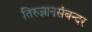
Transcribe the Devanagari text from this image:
तिरुज्ञानसंबन्दर